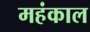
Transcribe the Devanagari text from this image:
महंकाल